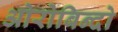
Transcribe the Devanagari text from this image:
ओरोबिन्दो